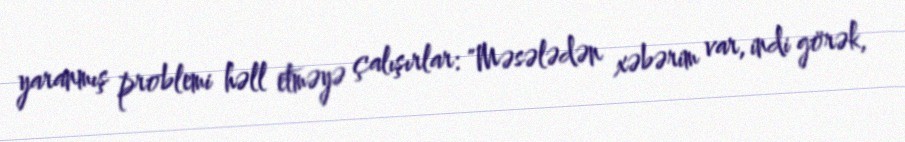
yaranmış problemi həll etməyə çalışırlar: "Məsələdən xəbərim var, indi görək,